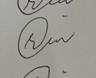
Signature authenticity: genuine